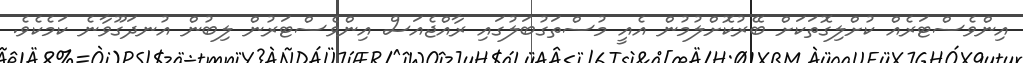
އިންވެސްޓަރެއް ކުށްލިގޮތަކަށް ބޭރުކޮށްލުމުން އެއީ މުސްތަގުބަލުގައި ރާއްޖެއަސް އިންވެސްޓަރުން ލިބުން އުނދަގޫވާނެ ކަމެކެވެ.